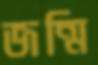
জন্মি